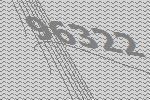
96322